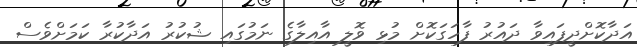
އަދާކޮށްދީފައިވާ ދައުރު ފާހަގަކޮށް މުޅި ވޮލީ އާއިލާގެ ނަމުގައި ޝުކުރު އަދާކުރާ ކަމަށްވެސް